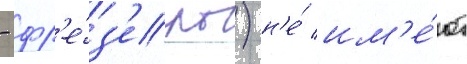
- фр'е́з'еры) н'е́ им'е́ют